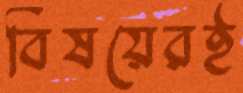
বিষয়েরই